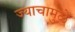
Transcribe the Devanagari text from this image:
ज्याचामुळे